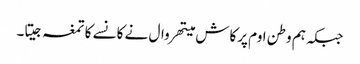
جبکہ ہم وطن اوم پرکاش میتھروال نے کانسے کا تمغہ جیتا۔